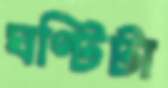
ঘণ্টিটা